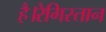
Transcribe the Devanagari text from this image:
है।रेगिस्तान